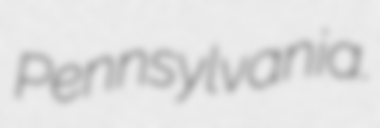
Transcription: Pennsylvania.